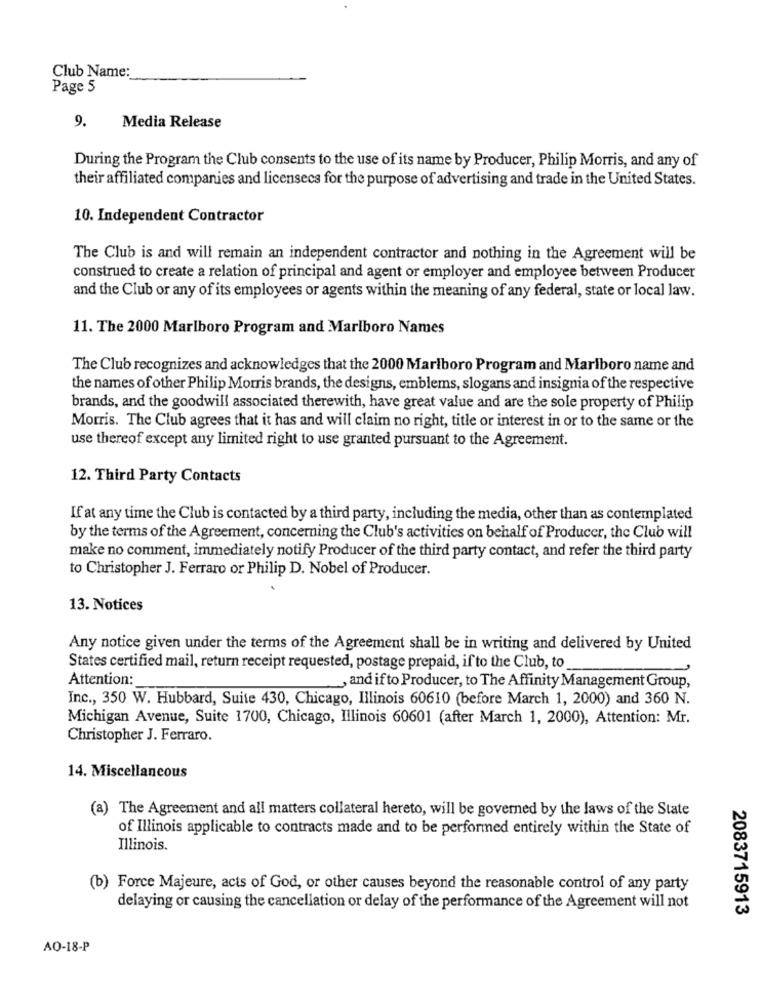
Club Name:
Page 5
9.
Media Release
During the Program the Club consents to the use of its name by Producer, Philip Morris, and any of
their affiliated companies and licensecs for the purpose of advertising and trade in the United States.
10. Independent Contractor
The Club is and will remain an independent contractor and nothing in the Agreement will be
construed to create a relation of principal and agent or employer and employee between Producer
and the Club or any of its employees or agents within the meaning of any federal, state or local law.
11. The 2000 Marlboro Program and Marlboro Names
The Club recognizes and acknowledges that the 2000 Marlboro Program and Marlboro name and
the names of other Philip Morris brands, the designs, emblems, slogans and insignia of the respective
brands, and the goodwill associated therewith, have great value and are the sole property of Philip
Morris. The Club agrees that it has and will claim no right, title or interest in or to the same or the
use thereof except any limited right to use granted pursuant to the Agreement.
12. Third Party Contacts
If at any time the Club is contacted by a third party, including the media, other than as contemplated
by the terms of the Agreement, concerning the Club's activities on behalf of Producer, the Club will
make no comment, immediately notify Producer of the third party contact, and refer the third party
to Christopher J. Ferraro or Philip D. Nobel of Producer.
13. Notices
Any notice given under the terms of the Agreement shall be in writing and delivered by United
States certified mail, return receipt requested, postage prepaid, if to the Club, to
Attention:
, and if to Producer, to The Affinity Management Group,
Inc ., 350 W. Hubbard, Suite 430, Chicago, Illinois 60610 (before March 1, 2000) and 360 N.
Michigan Avenue, Suite 1700, Chicago, Illinois 60601 (after March 1, 2000), Attention: Mr.
Christopher J. Ferraro.
14. Miscellaneous
(a) The Agreement and all matters collateral hereto, will be governed by the laws of the State
of Illinois applicable to contracts made and to be performed entirely within the State of
Illinois.
(b) Force Majeure, acts of God, or other causes beyond the reasonable control of any party
delaying or causing the cancellation or delay of the performance of the Agreement will not
2083715913
AQ-18-P